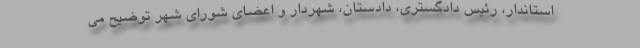
استاندار، رئیس دادگستری، دادستان، شهردار و اعضای شورای شهر توضیح می